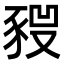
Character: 𧱣